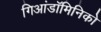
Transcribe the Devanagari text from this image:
गिआंडॉमिनिको